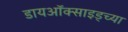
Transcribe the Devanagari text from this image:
डायऑक्साइड्च्या